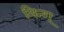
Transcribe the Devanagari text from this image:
मिन्ग्